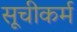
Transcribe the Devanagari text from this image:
सूचीकर्म